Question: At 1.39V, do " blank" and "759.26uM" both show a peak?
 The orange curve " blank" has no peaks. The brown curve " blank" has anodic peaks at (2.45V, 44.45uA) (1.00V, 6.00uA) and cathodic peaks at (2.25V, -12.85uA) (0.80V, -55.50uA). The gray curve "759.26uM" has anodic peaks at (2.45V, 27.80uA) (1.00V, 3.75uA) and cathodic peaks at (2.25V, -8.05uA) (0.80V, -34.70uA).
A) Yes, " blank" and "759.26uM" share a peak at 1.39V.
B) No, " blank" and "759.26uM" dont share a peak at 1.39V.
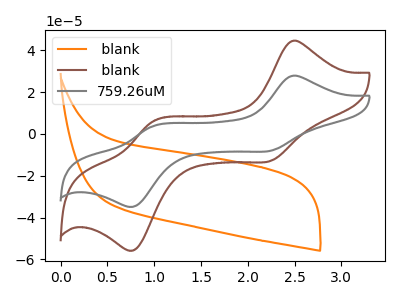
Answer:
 <answer>B) No, " blank" and "759.26uM" dont share a peak at 1.39V.</answer>
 <eval>B</eval>